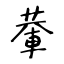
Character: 輂